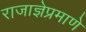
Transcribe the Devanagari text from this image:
राजाज्ञेप्रमाणे